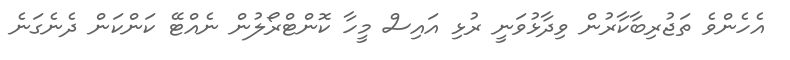
އެހެންވެ ތަޖުރިބާކާރުން ވިދާޅުވަނީ ރުޅި އައިސް މީހާ ކޮންޓްރޯލުން ނެއްޓޭ ކަންކަން ދެނެގަނެ